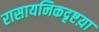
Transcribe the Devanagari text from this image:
रासायनिकदृष्टय़ा